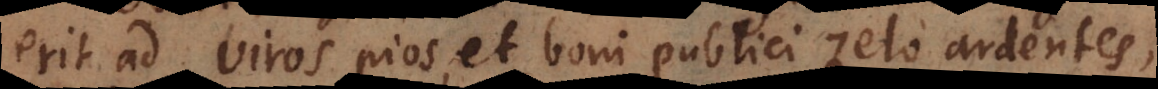
erit ad viros pios, et boni publici zelo ardentes,